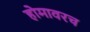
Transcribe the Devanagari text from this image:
होमावरच